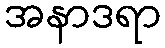
အနာဒရာ